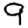
Digit: 9